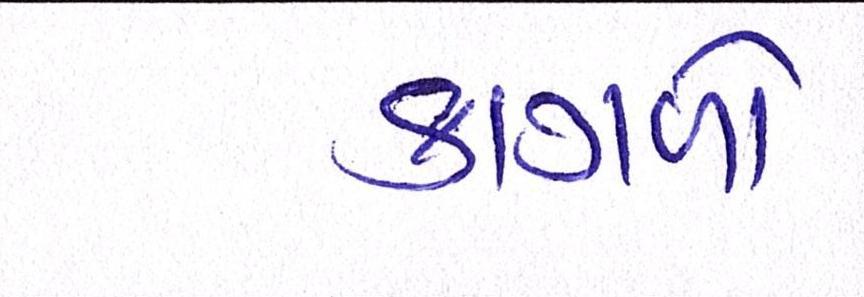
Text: કાગળો